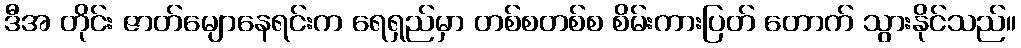
ဒီအ တိုင်း ဇာတ်မျောနေရင်းက ရေရှည်မှာ တစ်စတစ်စ စိမ်းကားပြတ် တောက် သွားနိုင်သည်။